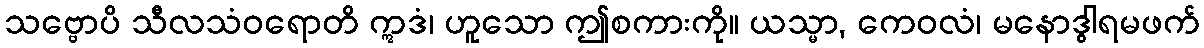
သဗ္ဗောပိ သီလသံဝရောတိ ဣဒံ၊ ဟူသော ဤစကားကို။ ယသ္မာ, ကေဝလံ၊ မနောဒွါရမဖက်